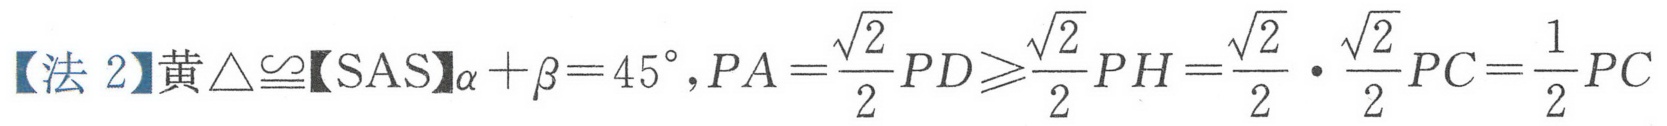
【法 2】黄$\triangle\cong$【SAS】$\alpha+\beta = 45^{\circ},PA=\frac{\sqrt{2}}{2}PD\geqslant\frac{\sqrt{2}}{2}PH=\frac{\sqrt{2}}{2}\cdot\frac{\sqrt{2}}{2}PC=\frac{1}{2}PC$